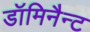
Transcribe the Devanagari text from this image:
डॉमिनैन्ट